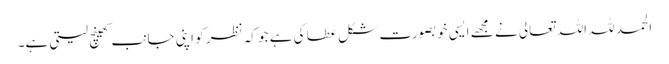
الحمد للہ اللہ تعالی نے مجھے ایسی خوبصورت شکل عطا کی ہے جو کہ نظر کو اپنی جانب کھینچ لیتی ہے۔